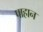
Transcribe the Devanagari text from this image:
पाहान